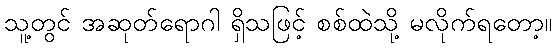
သူ့တွင် အဆုတ်ရောဂါ ရှိသဖြင့် စစ်ထဲသို့ မလိုက်ရတော့။